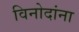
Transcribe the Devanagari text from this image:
विनोदांना